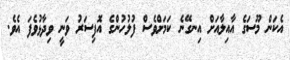
އެކަން މޫސަގެ އާއިލާއަށް އިނގޭނެ ކަމަށްވެސް ފުލުހުންގެ އޮފިސަރު ވަނީ ވިދާޅުވެފަ އެވެ.